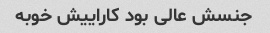
جنسش عالی بود کاراییش خوبه